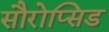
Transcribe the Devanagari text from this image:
सौरोप्सिड